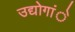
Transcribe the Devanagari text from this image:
उद्योगांे